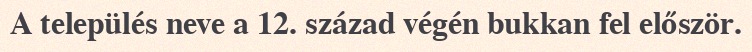
A település neve a 12. század végén bukkan fel először.